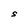
Character: S